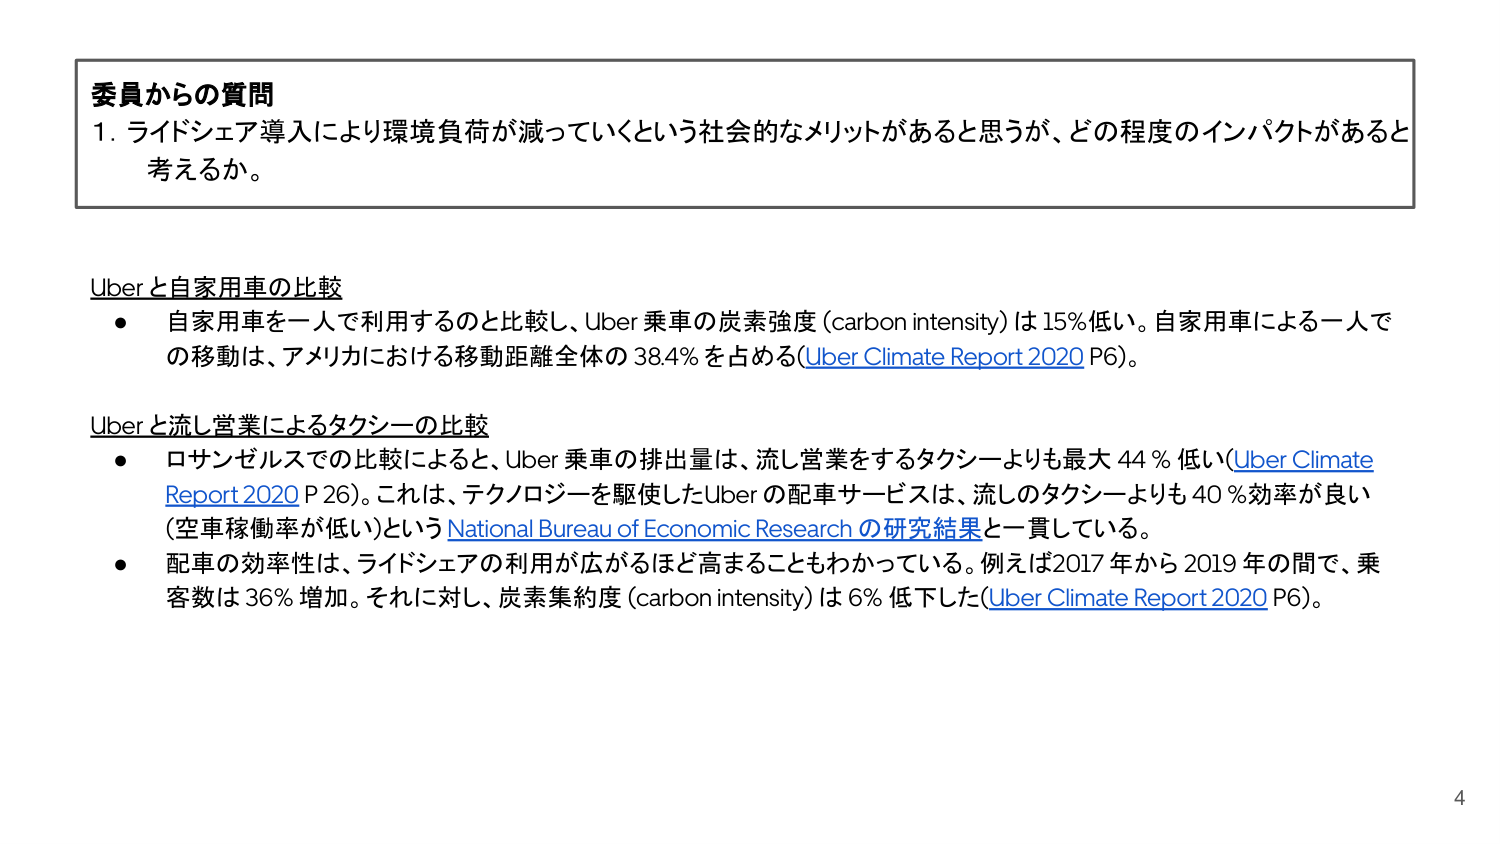
委員からの質問
1. ライドシェア導入により環境負荷が減っていくという社会的なメリットがあると思うが、どの程度のインパクトがあると考えるか。

Uberと自家用車の比較
● 自家用車を一人で利用するのと比較し、Uber乗車の炭素強度 (carbon intensity) は15%低い。自家用車による一人での移動は、アメリカにおける移動距離全体の38.4%を占める(Uber Climate Report 2020 P6)。

Uberと流し営業によるタクシーの比較
● ロサンゼルスでの比較によると、Uber乗車の排出量は、流し営業をするタクシーよりも最大44%低い(Uber Climate Report 2020 P26)。これは、テクノロジーを駆使したUberの配車サービスは、流しのタクシーよりも40%効率が良い（空車稼働率が低い）というNational Bureau of Economic Research の研究結果と一貫している。
● 配車の効率性は、ライドシェアの利用が広がるほど高まることもわかっている。例えば2017年から2019年の間で、乗客数は36%増加。それに対し、炭素集約度 (carbon intensity) は6%低下した(Uber Climate Report 2020 P6)。

4